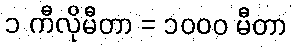
၁ ကီလိုမီတာ = ၁၀၀၀ မီတာ